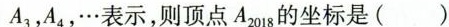
A_{3}，A_{4}，…表示，则顶点A_{2018}的坐标是( )